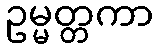
ဥမ္မတ္တကာ